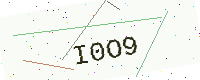
Text: I0O9